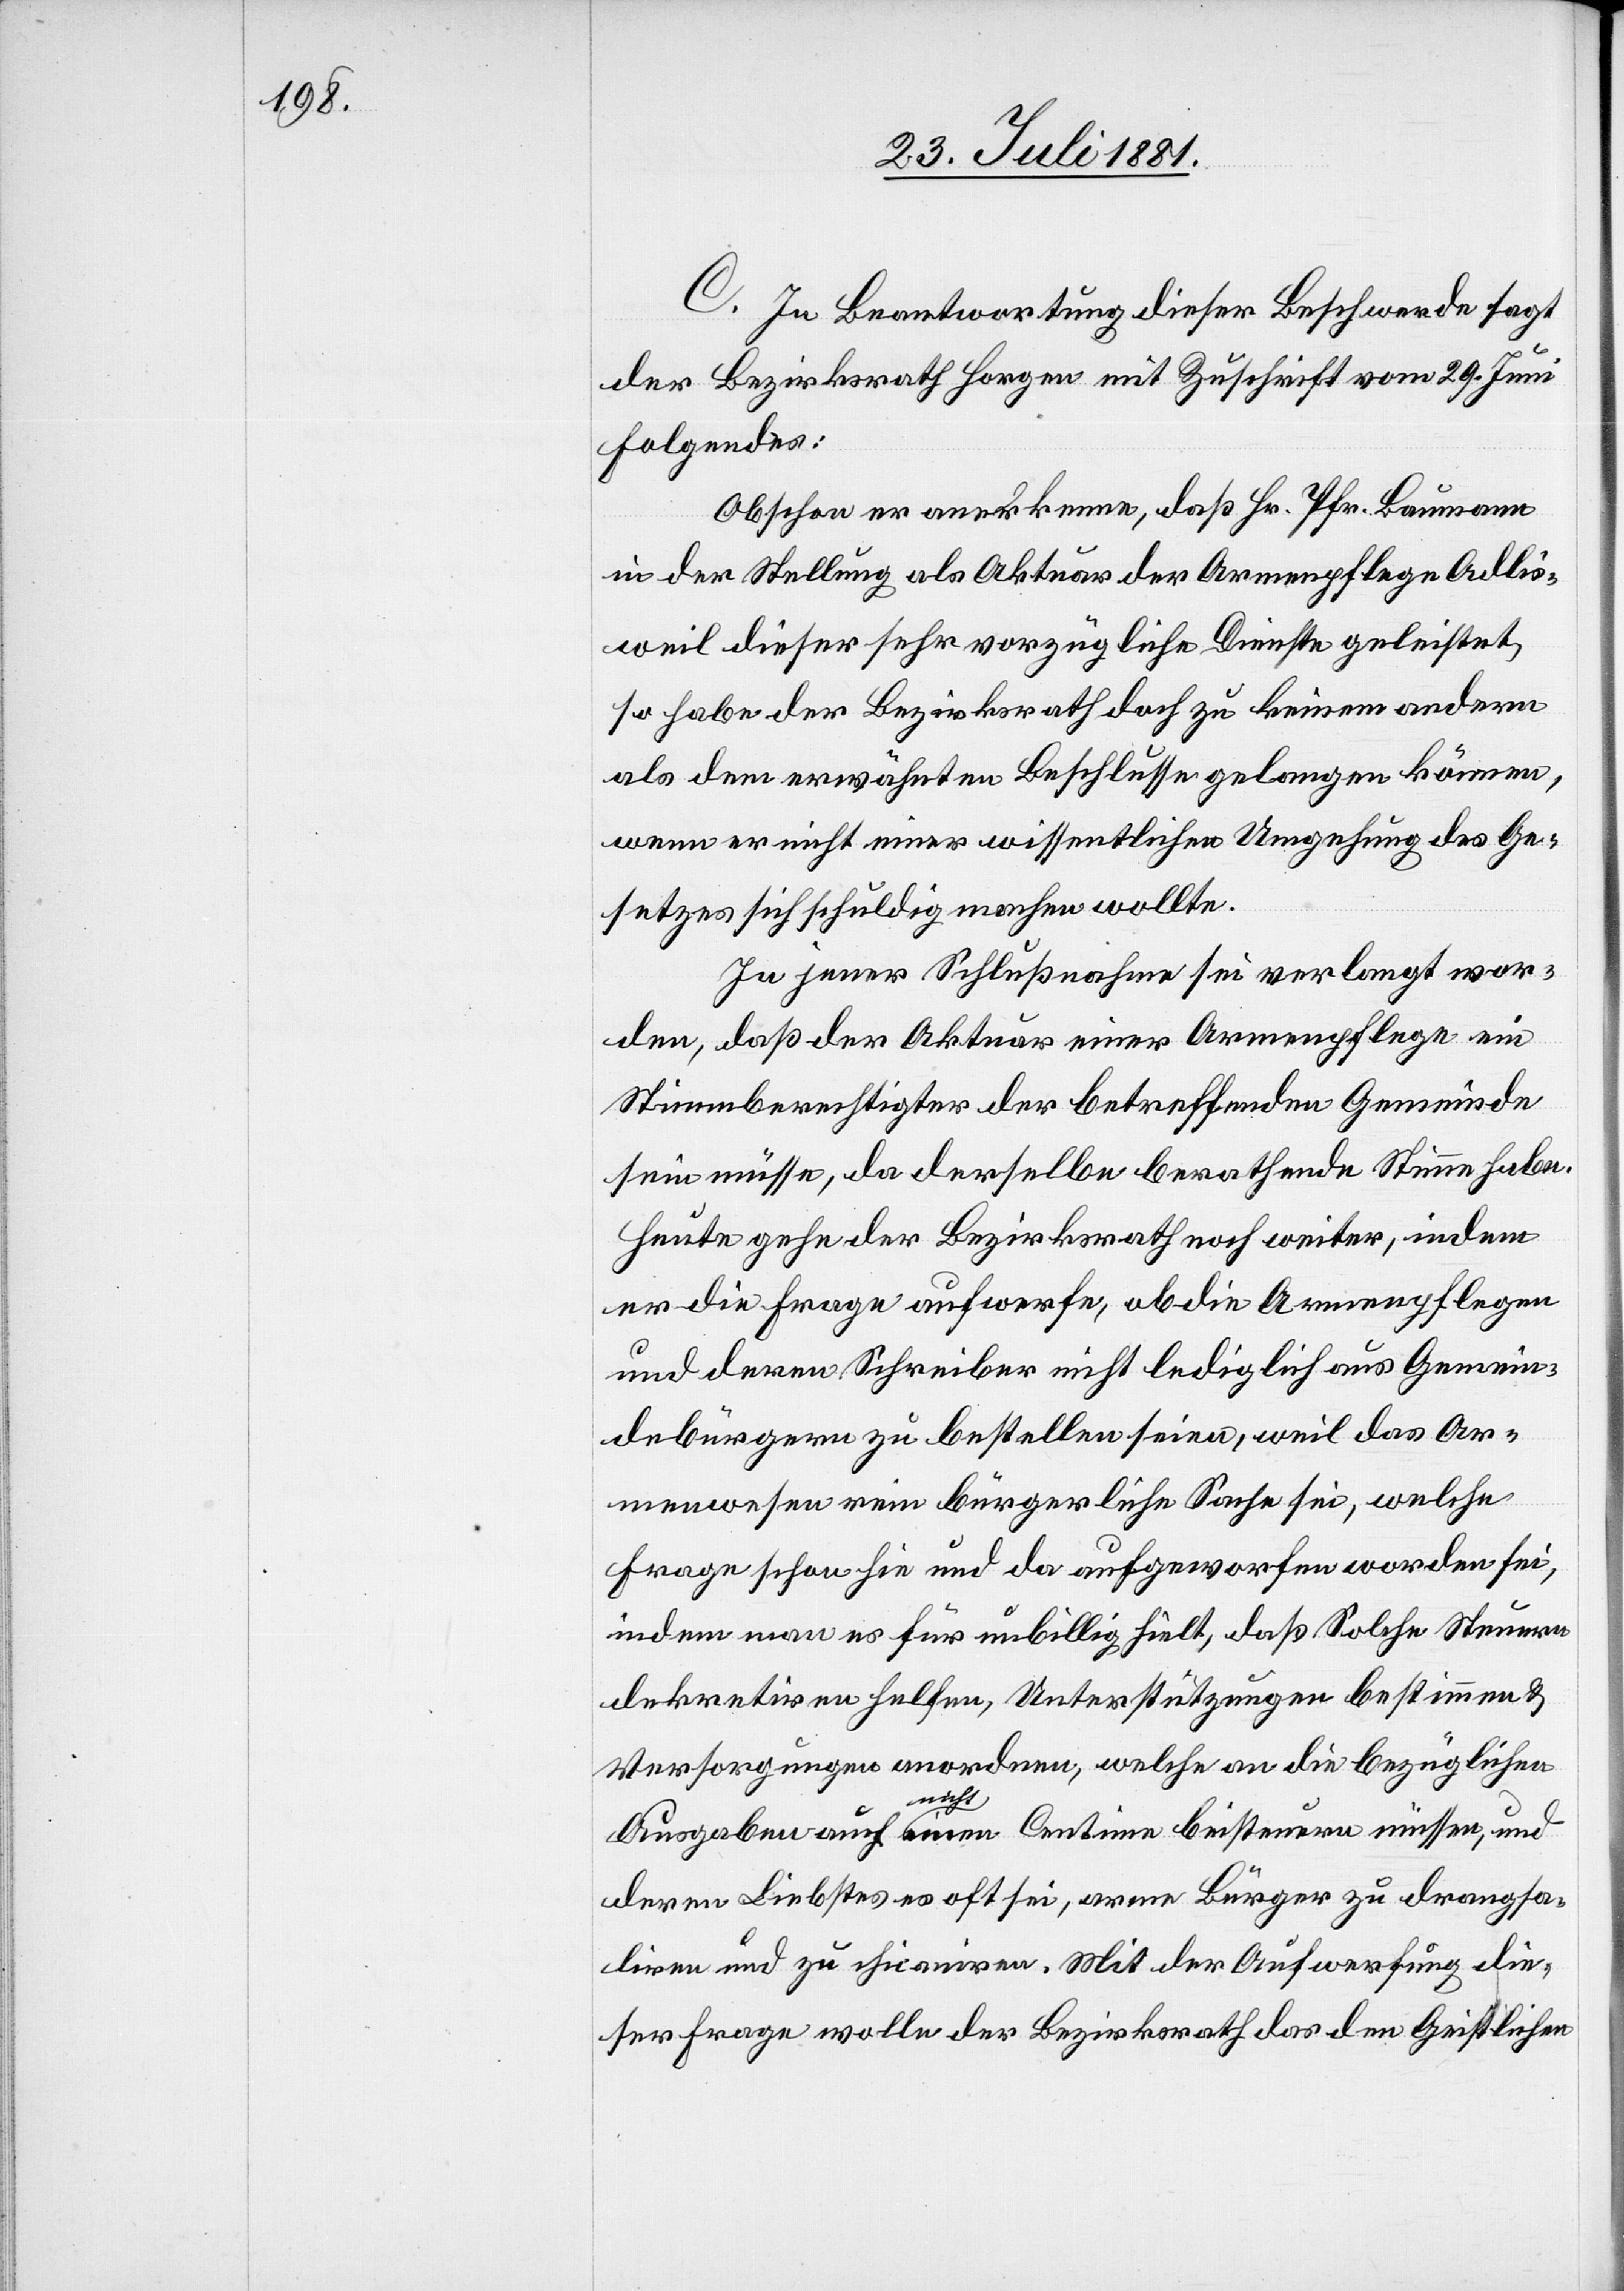
C. In Beantwortung dieser Beschwerde sagt
der Bezirksrath Horgen mit Zuschrift vom 29. Juni
Folgendes:
Obschon er anerkenne, daß Hr. Pfr. Baumann
in der Stellung als Aktuar der Armenpflege Adlis¬
weil dieser sehr vorzügliche Dienste geleistet,
so habe der Bezirksrath doch zu keinem andern
als dem erwähnten Beschlusse gelangen können,
wenn er nicht einer wissentlichen Umgehung des Ge¬
setzes sich schuldig machen wollte.
In jener Schlußnahme sei verlangt wor¬
den, daß der Aktuar einer Armenpflege ein
Stimmberechtigter der betreffenden Gemeinde
sein müsse, da derselbe berathende Stimme habe.
Heute gehe der Bezirksrath noch weiter, indem
er die Frage aufwerfe ob die Armenpflegen
und deren Schreiber nicht lediglich aus Gemein¬
debürgern zu bestellen seien, weil das Ar¬
menwesen rein bürgerliche Sache sei, welche
Frage schon hie und da aufgeworfen worden sei,
indem man es für unbillig hielt, daß Solche Steuern
dekretiren helfen, Unterstützungen bestimmen &
Versorgungen anordnen, welche an die bezüglichen
Ausgaben auch nicht einen Centime besteuern müssen, und
deren Liebstes es oft sei, arme Bürger zu drangsa¬
liren und zu chicaniren. Mit der Aufwerfung die¬
ser Frage wolle der Bezirksrath das den Geistlichen